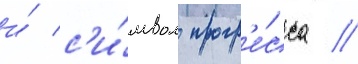
и́ с'и́мвол прогр'е́сса //